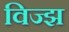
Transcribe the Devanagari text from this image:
विज्झ